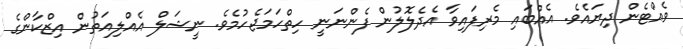
ވެއްޓެން ދިޔައެވެ. އެއްބައި މެރިފައިވާ އެދެލޮލުން ފެންނަނީ ހިތްހަމަޖެހުމެވެ. ނީޝަލް އެއްލިއަތުން އިޒްކާންގެ